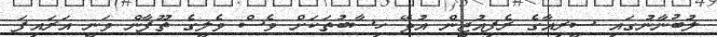
ލުބުނާނުގައި ސީރިއާގެ ރެފިއުޖީން އުޅޭ ހިސާބުތަކަށް ވެސް ވެލީގެ ތޫފާން ވަނީ އަރައިފަ